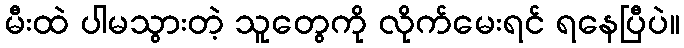
မီးထဲ ပါမသွားတဲ့ သူတွေကို လိုက်မေးရင် ရနေပြီပဲ။